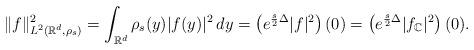
LaTeX: \begin{align*}\Vert f\Vert_{L^{2}(\mathbb{R}^{d},\rho_{s})}^{2}=\int_{\mathbb{R}^{d}}\rho_{s}(y)|f(y)|^{2}\,dy=\left( e^{\frac{s}{2}\Delta}|f|^{2}\right)(0)=\left( e^{\frac{s}{2}\Delta}|f_{\mathbb{C}}|^{2}\right) (0).\end{align*}